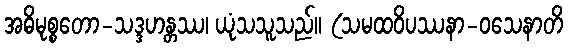
အဓိမုစ္စတော-သဒ္ဒဟန္တဿ၊ ယုံသသူသည်။ (သမထဝိပဿနာ-ဝသေနာတိ